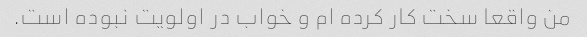
من واقعا سخت کار کرده ام و خواب در اولویت نبوده است.